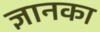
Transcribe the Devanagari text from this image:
ज्ञानका